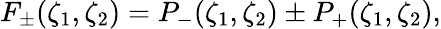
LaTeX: F_{\pm}(\zeta_{1},\zeta_{2})=P_{-}(\zeta_{1},\zeta_{2})\pm P_{+}(\zeta_{1},\zeta_{2}),